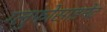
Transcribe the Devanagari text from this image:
ग्लुफोसाइनेट